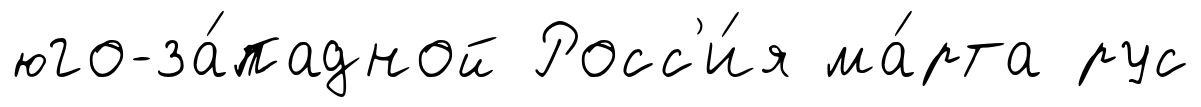
юго-за́падной Росс'и́я ма́рта рус